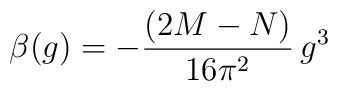
\beta(g) = - \frac{(2M-N)}{16\pi^2}\,g^3